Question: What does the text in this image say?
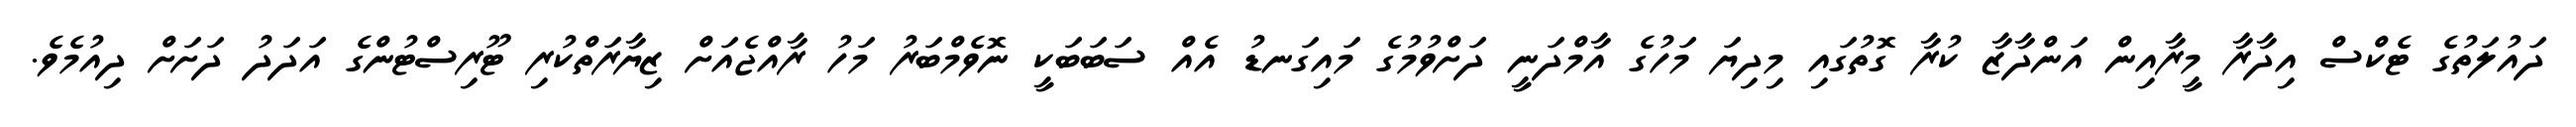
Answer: ދައުލަތުގެ ޓެކްސް އިދާރާ މީރާއިން އަންދާޒާ ކުރާ ގޮތުގައި މިދިޔަ މަހުގެ އާމްދަނީ ދަށްވުމުގެ މައިގަނޑު އެއް ސަބަބަކީ ނޮވެމްބަރު މަހު ރާއްޖެއަށް ޒިޔާރަތްކުރި ޓޫރިސްޓުންގެ އަދަދު ދަށަށް ދިއުމެވެ.